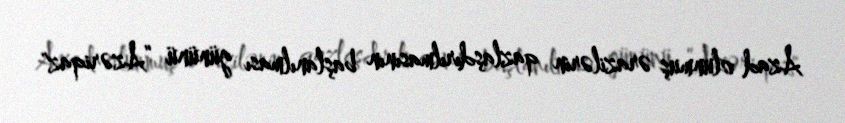
Azad olunmuş ərazilərin qazlaşdırılmasının başlanılması gününü ”Azəriqaz"